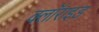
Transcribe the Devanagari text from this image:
क्लॉराइड